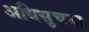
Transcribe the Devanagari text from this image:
अधिसुचना